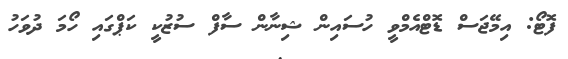
ފޮޓޯ: އިމޭޖަސް ޑޮޓްއެމްވީ ހުސައިން ޝިނާން ސާފް ސުޒުކީ ކަޕްގައި ހޯމަ ދުވަހު